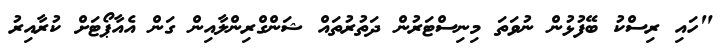
"ހައި ރިސްކު ބޭފުޅުން ނުވަތަ މިނިސްޓަރުން ދަތުރުތައް ޝަންގްރިންލާއިން ގަން އެއާޕޯޓަށް ކުރާއިރު